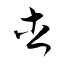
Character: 杏